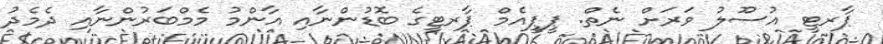
ޕާރޓީ އުސޫލު ވަރަށް ނެތް. ޕީޕީއެމް ޕާރޓީގެ ބޮޑުންނާއި އާންމު މެމްބަރުންނާއި ދެމެދު